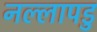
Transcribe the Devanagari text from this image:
नल्‍लापडु